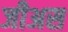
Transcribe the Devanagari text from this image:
जीअस